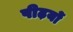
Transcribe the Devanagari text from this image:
पीढ़यों